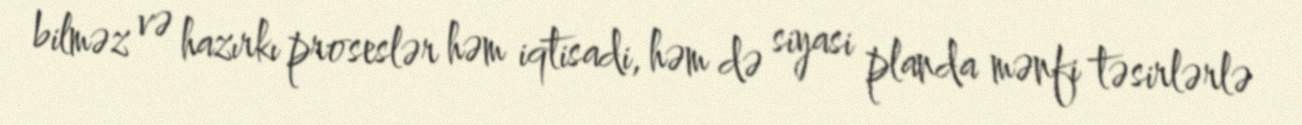
bilməz və hazırkı proseslər həm iqtisadi, həm də siyasi planda mənfi təsirlərlə